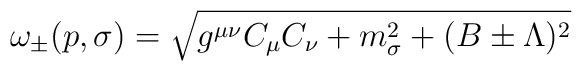
\omega_\pm (p,\sigma )=\sqrt{g^{\mu\nu}C_\mu C_\nu +m^2_\sigma +(B\pm\Lambda)^2}